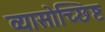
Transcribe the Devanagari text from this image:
व्यासोच्छिष्ट